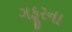
ગફૂરના